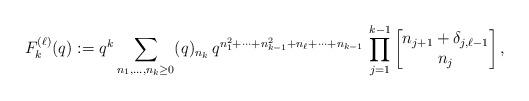
LaTeX: \begin{align*} F_k^{(\ell)}(q) := q^k \sum_{n_1, \dots, n_k\geq 0} (q)_{n_k} \, q^{n_1^{2} + \cdots + n_{k-1}^{2} + n_{\ell} + \cdots + n_{k-1}} \, \prod_{j=1}^{k-1} \begin{bmatrix} n_{j+1} + \delta_{j,\ell-1} \\ n_j \end{bmatrix},\end{align*}